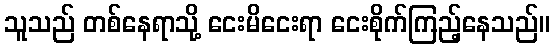
သူသည် တစ်နေရာသို့ ငေးမိငေးရာ ငေးစိုက်ကြည့်နေသည်။